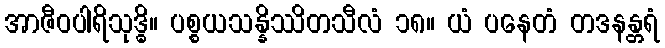
အာဇီဝပါရိသုဒ္ဓိ။ ပစ္စယသန္နိဿိတသီလံ ၁၈။ ယံ ပနေတံ တဒနန္တရံ